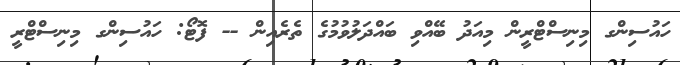
ހައުސިންގ މިނިސްޓްރީން މިއަދު ބޭއްވި ބައްދަލުވުމުގެ ތެރެއިން -- ފޮޓޯ: ހައުސިންގ މިނިސްޓްރީ